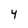
Character: 4